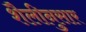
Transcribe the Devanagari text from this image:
शैलीनुसार